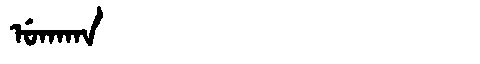
Manchu: ᡠᡴᠠᡴᠠ
Romanization: UKAKA